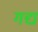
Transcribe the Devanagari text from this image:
गद्यं